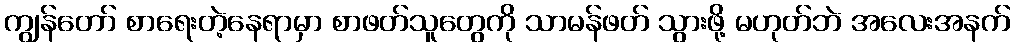
ကျွန်တော် စာရေးတဲ့နေရာမှာ စာဖတ်သူတွေကို သာမန်ဖတ် သွားဖို့ မဟုတ်ဘဲ အလေးအနက်